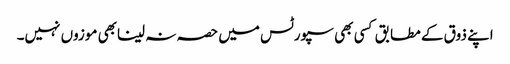
اپنے ذوق کے مطابق کسی بھی سپورٹس میں حصہ نہ لینابھی موزوں نہیں۔